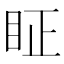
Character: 眐